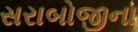
સરાબોજીના